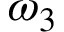
\omega _ { 3 }